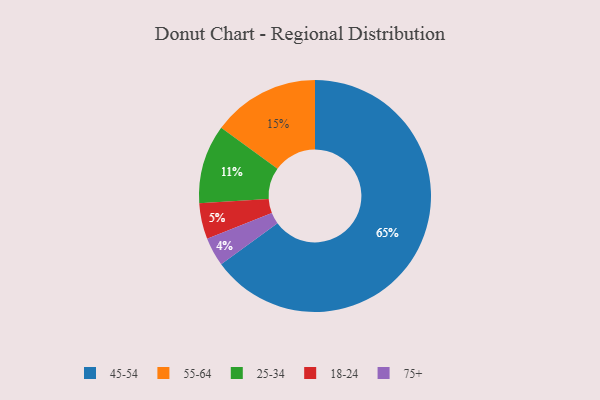
{"axis": {"x": "Category", "y": "Percentage"}, "legend": ["18-24", "25-34", "45-54", "55-64", "75+"], "data": [{"x": "18-24", "y": 5, "type": "18-24"}, {"x": "25-34", "y": 11, "type": "25-34"}, {"x": "55-64", "y": 15, "type": "55-64"}, {"x": "75+", "y": 4, "type": "75+"}, {"x": "45-54", "y": 65, "type": "45-54"}]}